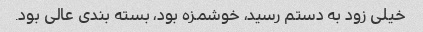
خیلی زود به دستم رسید، خوشمزه بود، بسته بندی عالی بود.